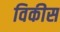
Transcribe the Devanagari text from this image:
विकीस